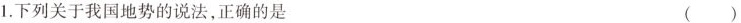
1.下列关于我国地势的说法，正确的是 ()